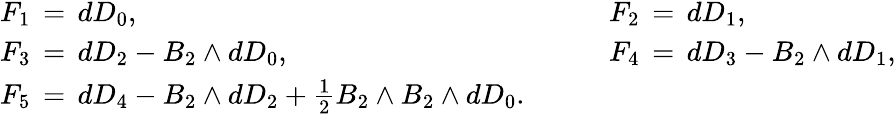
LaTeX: \begin{array}{lcl}{{F_{1}\, =\, dD_{0},}}&{{\quad}}&{{F_{2}\, =\, dD_{1},}}\\ {{F_{3}\, =\, dD_{2}-B_{2}\wedge dD_{0},}}&{{}}&{{F_{4}\, =\, dD_{3}-B_{2}\wedge dD_{1},}}\\ {{F_{5}\, =\, dD_{4}-B_{2}\wedge dD_{2}+{\frac{1}{2}}B_{2}\wedge B_{2}\wedge dD_{0}.}}&{{}}&{{~}}\end{array}